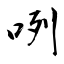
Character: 咧